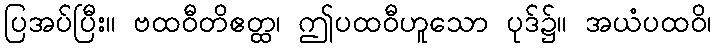
ပြအပ်ပြီး။ ဗထဝီတိဧတ္ထ၊ ဤပထဝီဟူသော ပုဒ်၌။ အယံပထဝိ၊